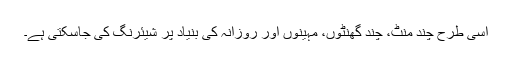
اسی طرح چند منٹ، چند گھنٹوں، مہینوں اور روزانہ کی بنیاد پر شیئرنگ کی جاسکتی ہے۔